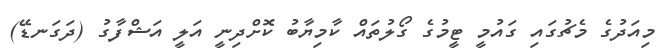
މިއަދުގެ މެޗުގައި ގައުމީ ޓީމުގެ ގޯލުތައް ކާމިޔާބު ކޮށްދިނީ އަލީ އަޝްފާގު (ދަގަނޑޭ)